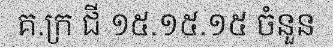
គ.ក្រ ជី ១៥.១៥.១៥ ចំនួន